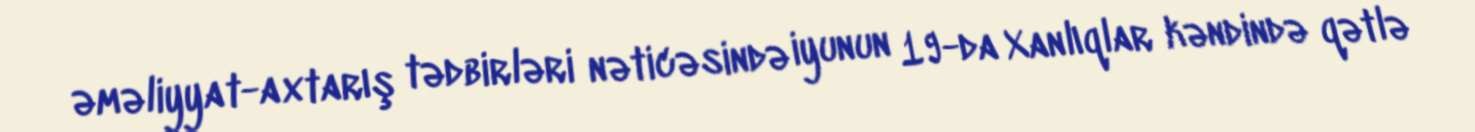
əməliyyat-axtarış tədbirləri nəticəsində iyunun 19-da Xanlıqlar kəndində qətlə